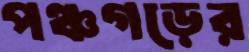
পঞ্চগড়ের